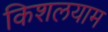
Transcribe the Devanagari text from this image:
किशलयाम